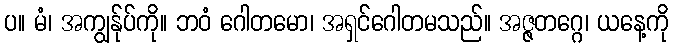
ပ။ မံ၊ အကျွန်ုပ်ကို။ ဘဝံ ဂေါတမော၊ အရှင်ဂေါတမသည်။ အဇ္ဇတဂ္ဂေ၊ ယနေ့ကို